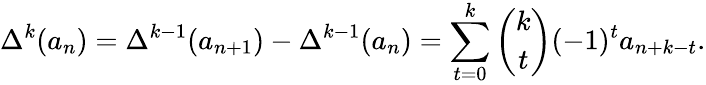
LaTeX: \Delta^{k}(a_{n})=\Delta^{k-1}(a_{n+1})-\Delta^{k-1}(a_{n})=\sum_{t=0}^{k}{\binom{k}{t}}(-1)^{t}a_{n+k-t}.